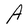
Character: A